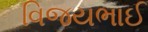
વિજયભાઈ